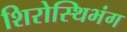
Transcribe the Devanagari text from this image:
शिरोस्थिभंग